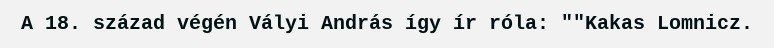
A 18. század végén Vályi András így ír róla: ""Kakas Lomnicz.